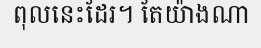
ពុលនេះដែរ។ តែយ៉ាងណា